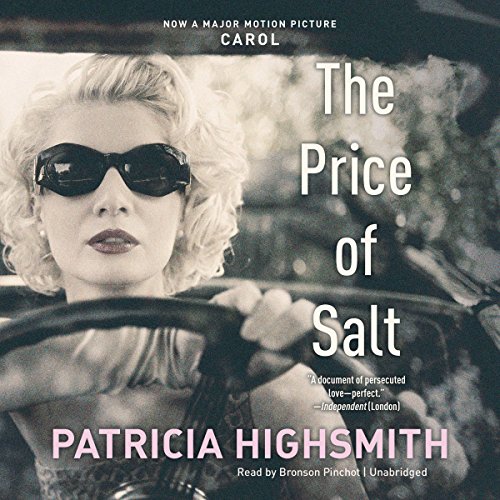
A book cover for The Price of Salt; Patricia Highsmith; Romance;